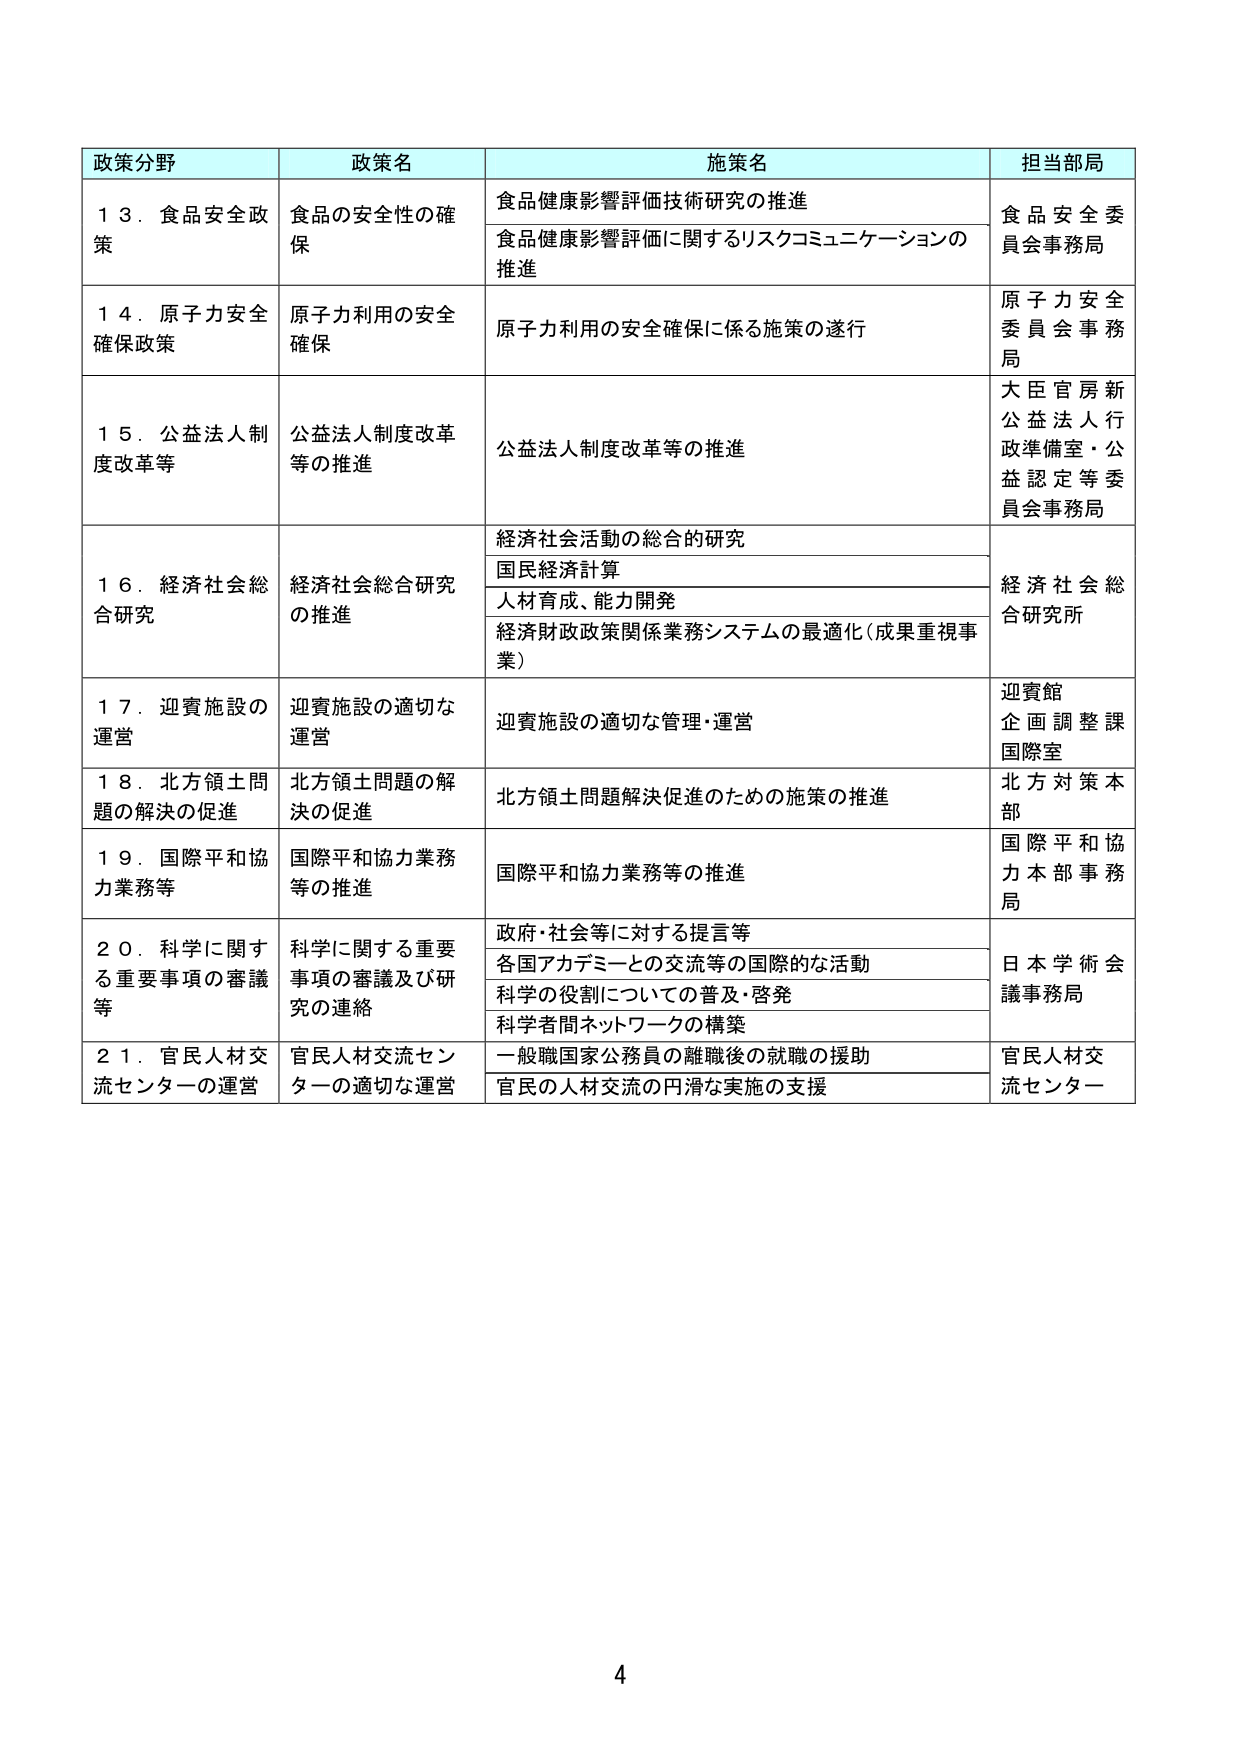
政策分野	政策名	施策名	担当当局
１３．食品安全政策	食品の安全性の確保	食品健康影響評価技術研究の推進	食品安全委員会事務局
		食品健康影響評価に関するリスクコミュニケーションの推進
１４．原子力安全確保政策	原子力利用の安全確保	原子力利用の安全確保に係る施策の遂行	原子力安全委員会事務局
１５．公益法人制度改革等	公益法人制度改革等の推進	公益法人制度改革等の推進	大臣官房新公益法人行政準備室・公益認定等委員会事務局
１６．経済社会総合研究	経済社会総合研究の推進	経済社会活動の総合的研究	経済社会総合研究所
		国民経済計算
		人材育成、能力開発
		経済財政政策関係業務システムの最適化（成果重視事業）
１７．迎賓施設の運営	迎賓施設の適切な運営	迎賓施設の適切な管理・運営	迎賓館企画調整課国際室
１８．北方領土問題の解決の促進	北方領土問題の解決の促進	北方領土問題解決促進のための施策の推進	北方対策本部
１９．国際平和協力業務等	国際平和協力業務等の推進	国際平和協力業務等の推進	国際平和協力本部事務局
２０．科学に関する重要事項の審議等	科学に関する重要事項の審議及び研究の連絡	政府・社会等に対する提言等	日本学術会議事務局
		各国アカデミーとの交流等の国際的な活動
		科学の役割についての普及・啓発
		科学者間ネットワークの構築
２１．官民人材交流センターの運営	官民人材交流センターの適切な運営	一般職国家公務員の離職後の就職の援助	官民人材交流センター
		官民の人材交流の円滑な実施の支援
4